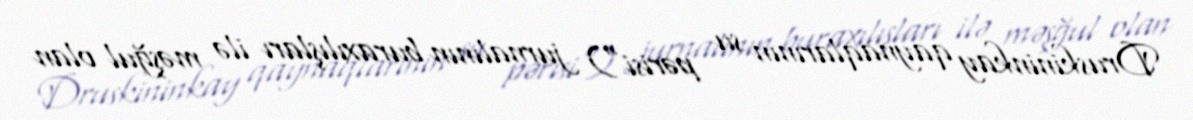
Druskininkay qaynaqlarının su pərisi") jurnalının buraxılışları ilə məşğul olan